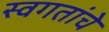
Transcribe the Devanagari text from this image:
स्वगतांचे